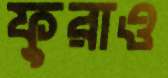
ফুরাও